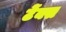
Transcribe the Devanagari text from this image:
टेंक्स